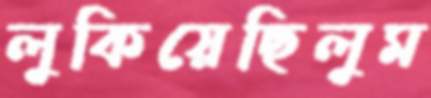
লুকিয়েছিলুম